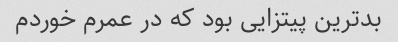
بدترین پیتزایی بود که در عمرم خوردم